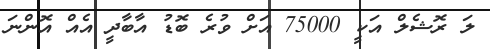
ލަ ރޮޝެލް އަކީ 75000 އަށް ވުރެ ބޮޑު އާބާދީ އެއް އޮންނަ